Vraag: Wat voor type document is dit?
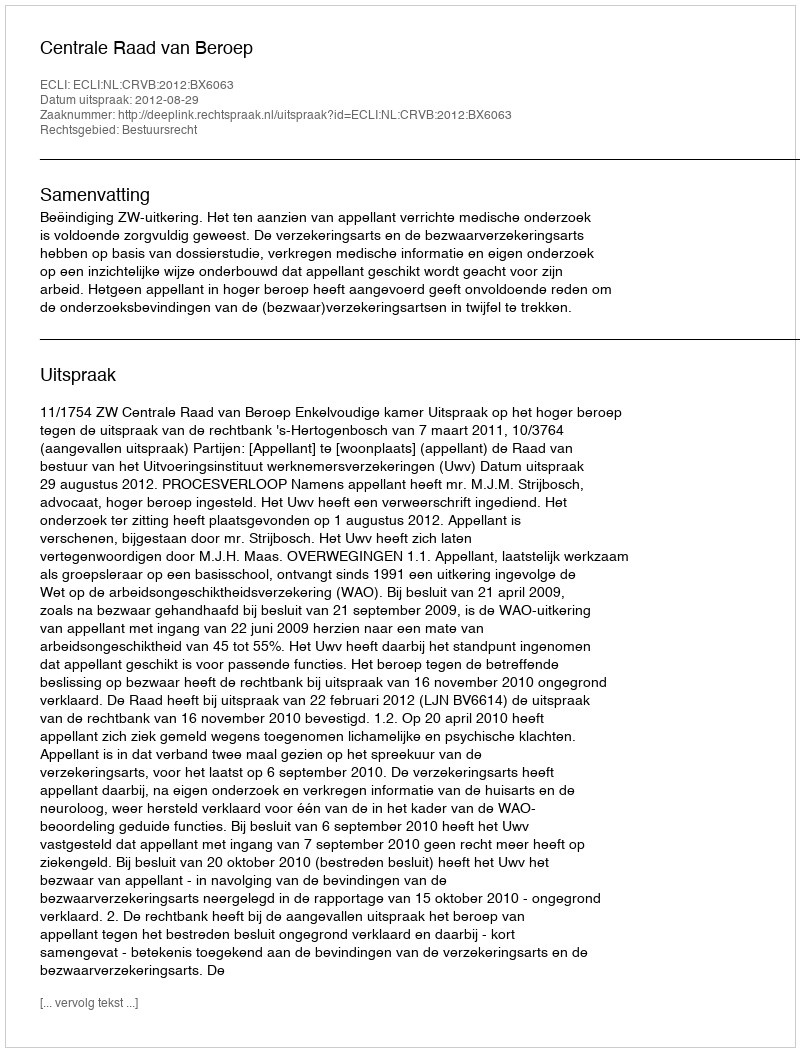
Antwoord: Uitspraak